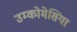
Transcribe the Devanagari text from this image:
उम्कोमेसिया